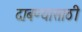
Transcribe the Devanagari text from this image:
दाबण्यासाठी